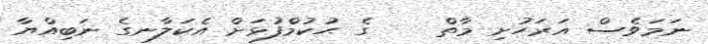
ނަމަވެސް އަރަހުށި މާތް    ގެ ޙުކުމްފުޅަށް އެކަލާނގެ ނަބިއްޔާ